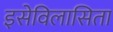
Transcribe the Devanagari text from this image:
इसेविलासिता